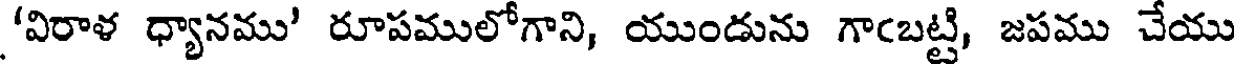
'విరాళ ధ్యానము' రూపములోగాని, యుండును గాఁబట్టి, జపము చేయు